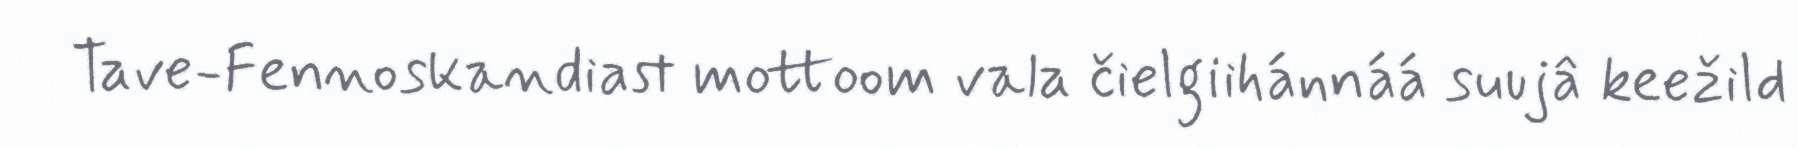
Tave-Fennoskandiast mottoom vala čielgiihánnáá suujâ keežild